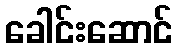
ခေါင်းဆောင်